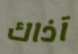
آذاك